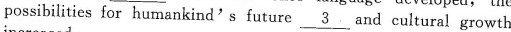
possibilities for humankind's future \underline{3}. and cultural growth